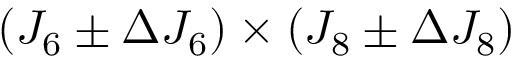
( J _ { 6 } \pm \Delta J _ { 6 } ) \times ( J _ { 8 } \pm \Delta J _ { 8 } )